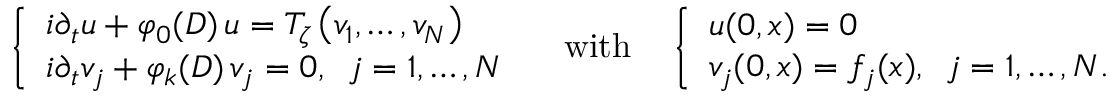
\left\{ \begin{array} { l } { i \partial _ { t } u + \varphi _ { 0 } ( D ) \, u = T _ { \zeta } \left( v _ { 1 } , \dots , v _ { N } \right) } \\ { i \partial _ { t } v _ { j } + \varphi _ { k } ( D ) \, v _ { j } = 0 , \, \, \, j = 1 , \dots , N } \end{array} \right. \quad \mathrm { w i t h } \quad \left\{ \begin{array} { l } { u ( 0 , x ) = 0 } \\ { v _ { j } ( 0 , x ) = f _ { j } ( x ) , \, \, \, j = 1 , \dots , N . } \end{array} \right.